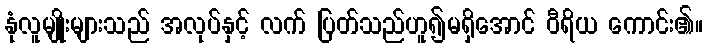
နုံလူမျိုးများသည် အလုပ်နှင့် လက် ပြတ်သည်ဟူ၍မရှိအောင် ဝီရိယ ကောင်း၏။